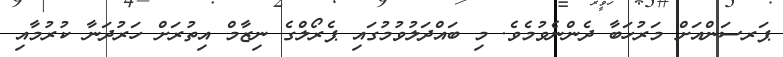
ޕަރސަންއަށް މަރުހަބާ ދެންނެވުމެވެ. މި ބައްދަލުވުމުގައި ޕެރޯލްގެ ނިޒާމް އިތުރަށް ހަރުދަނާ ކުރުމާއި